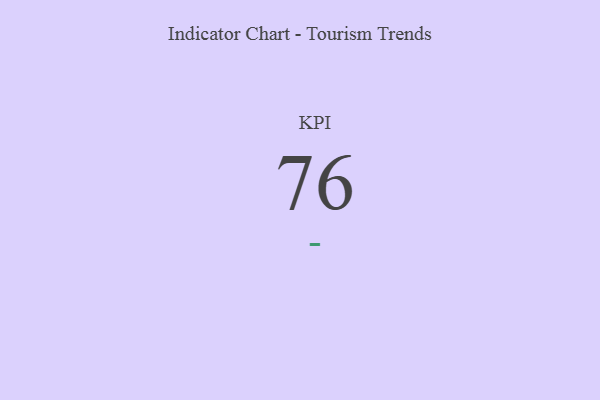
{"axis": {"x": "KPI", "y": "Value"}, "legend": [""], "data": [{"x": "KPI", "y": 76, "type": ""}]}